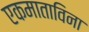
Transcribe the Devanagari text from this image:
एकमाताविना